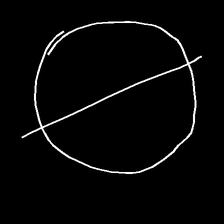
Glyph: orb